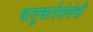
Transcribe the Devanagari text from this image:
धातुकर्मसंबंधी